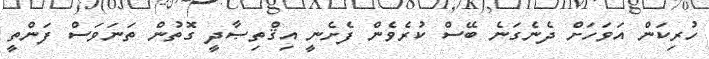
ހުރިކަން އަވަހަށް ދެނެގަނެ ބޭސް ކުރެވެން ފެށެނީ އިޤްތިޞާދީ ގޮތުން ތަނަވަސް ފަންތީ